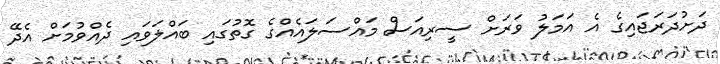
ދަށުދަރަޖައިގެ އެ އަމަލު ވަރަށް ސީރިއަސް މައްސަލައެއްގެ ގޮތުގައި ބައްލަވައި ދެއްވުމަށް އެދޭ